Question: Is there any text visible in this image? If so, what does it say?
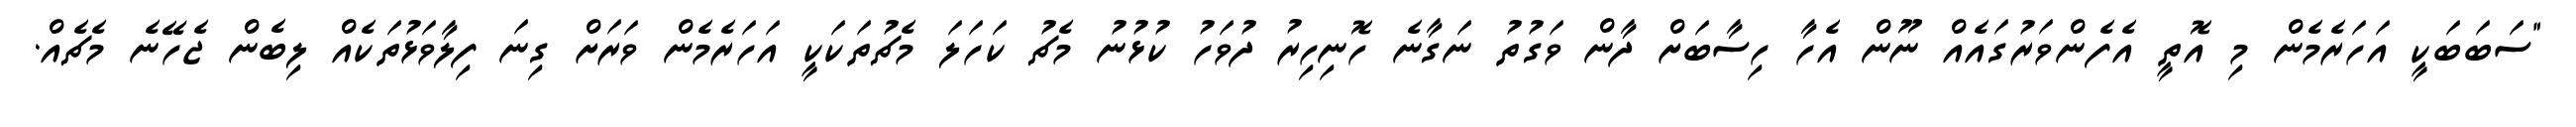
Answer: "ސަބަބަކީ އަހަރެމެން މި އޮތީ އެފެންވަރުގައެއް ނޫން އެހާ ހިސާބަށް ދާން ވަގުތު ނަގާނެ ހޮނިހިރު ދުވަހު ކުޅުނު މެޗު ކަހަލަ މެޗުތަކަކީ އަހަރެމެން ވަރަށް ގިނަ ފިލާވަޅުތަކެއް ލިބެން ޖެހޭނެ މެޗެއް.